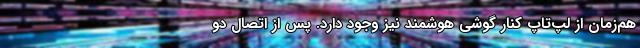
هم‌زمان از لپ‌تاپ کنار گوشی هوشمند نیز وجود دارد. پس از اتصال دو